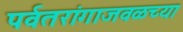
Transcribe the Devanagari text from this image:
पर्वतरांगाजवळच्या